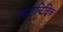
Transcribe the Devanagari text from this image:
साइनिटिक